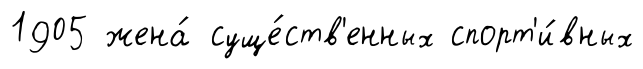
1905 жена́ суще́ств'енных спорт'и́вных